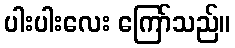
ပါးပါးလေး ကြော်သည်။